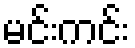
မင်းကင်း